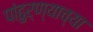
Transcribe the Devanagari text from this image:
पांढुर्ण्याच्या